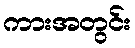
ကားအတွင်း